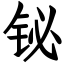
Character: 铋